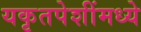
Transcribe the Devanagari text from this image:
यकृतपेशींमध्ये